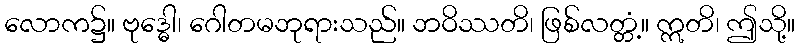
လောက၌။ ဗုဒ္ဓေါ၊ ဂေါတမဘုရားသည်။ ဘဝိဿတိ၊ ဖြစ်လတ္တံ့။ ဣတိ၊ ဤသို့။